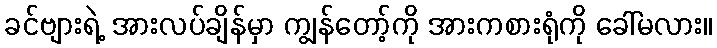
ခင်ဗျားရဲ့ အားလပ်ချိန်မှာ ကျွန်တော့်ကို အားကစားရုံကို ခေါ်မလား။